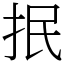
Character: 抿